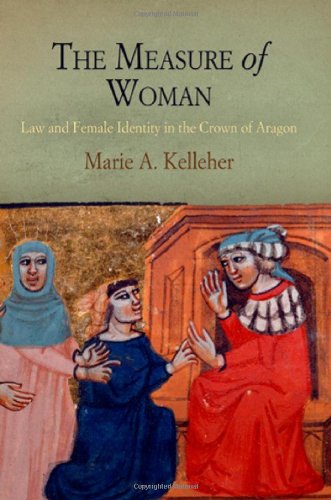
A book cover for The Measure of Woman: Law and Female Identity in the Crown of Aragon (The Middle Ages Series); Marie A. Kelleher; Law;